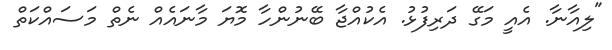
"ލިއާނާ. އެއީ މަގޭ ދަރިފުޅު. އެކުއްޖާ ބޭނުންހާ މޮޔަ މާނައެއް ނެތް މަސައްކަތް